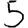
Digit: 5